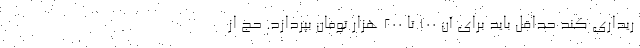
ریداری کند حداقل باید برای آن ۱۰۰ تا ۲۰۰ هزار تومان بپردازد. حج از